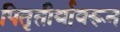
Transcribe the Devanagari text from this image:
पितृतीर्थावरून